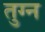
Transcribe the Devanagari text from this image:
तुग्न